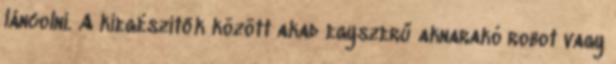
láncolni. A kiegészítők között akad egyszerű aknarakó robot vagy